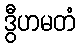
ဒွီဟမတံ